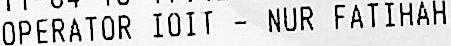
OPERATOR IOIT - NUR FATIHAH